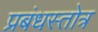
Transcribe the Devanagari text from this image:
प्रबंधस्तोत्र